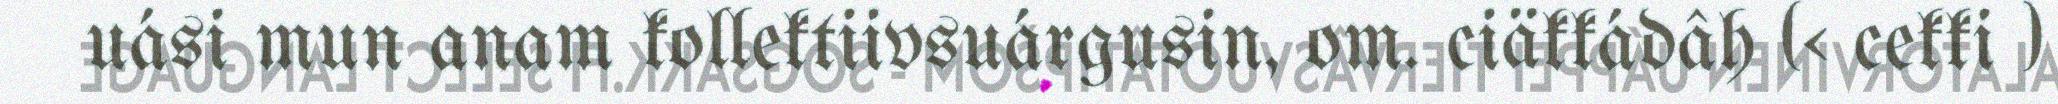
uási mun anam kollektiivsuárgusin, om. ciäkkádâh (< cekki )